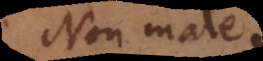
Non mal